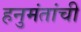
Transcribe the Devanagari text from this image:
हनुमंतांची